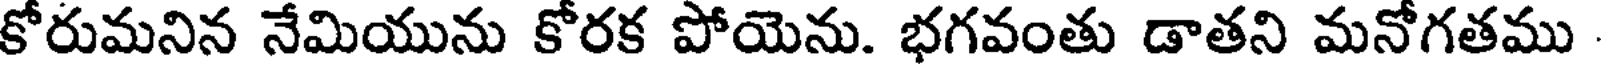
కోరుమనిన నేమియును కోరక పోయెను. భగవంతు డాతని మనోగతము